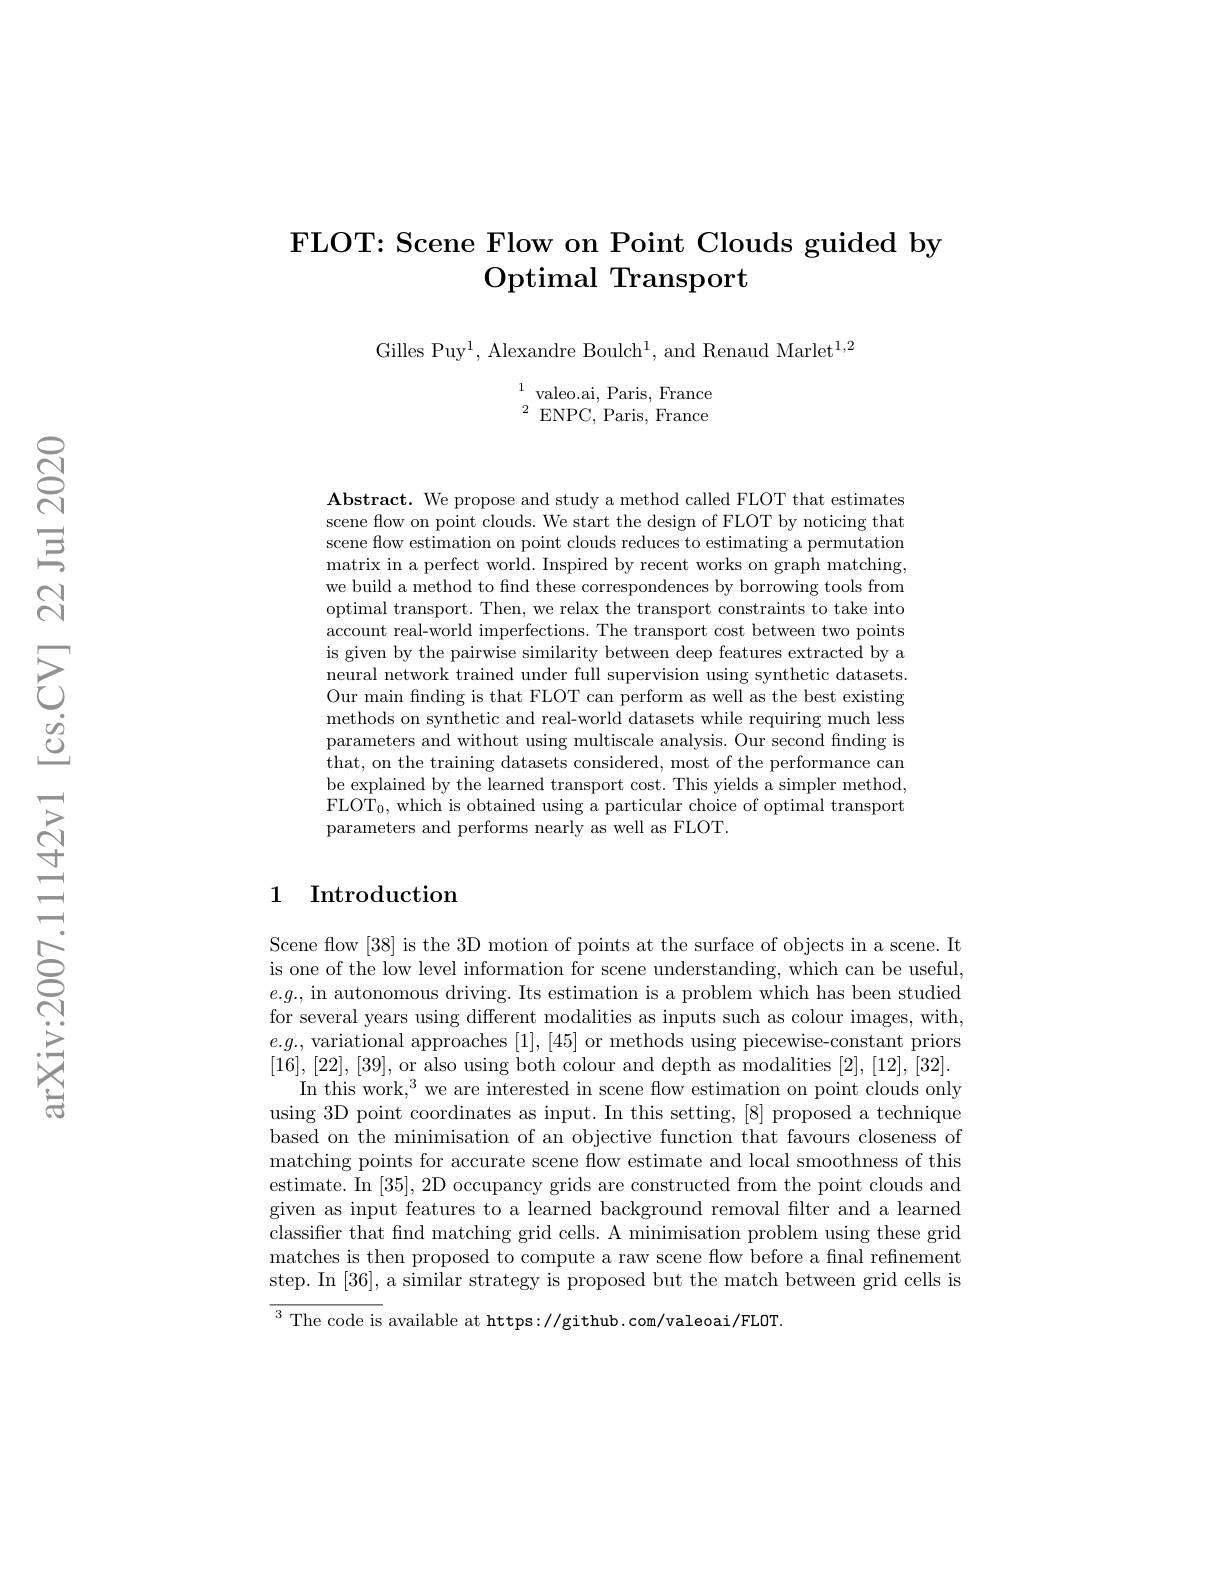
# FLOT: Scene Flow on Point Clouds guided by Optimal Transport

Gilles Puy$^1$, Alexandre Boulch$^1$, and Renaud Marlet$^1,2$

$^{1}$valeo.ai, Paris, France $^{2}{\mathrm{ENPC,~Paris,~France}}$

$\textbf{Abstract. We propose and study a method called FLOT that estimates}$ scene flow on point clouds. We start the design of FLOT by noticing that scene flow estimation on point clouds reduces to estimating a permutation matrix in a perfect world. Inspired by recent works on graph matching, we build a method to find these correspondences by borrowing tools from optimal transport. Then, we relax the transport constraints to take into account real-world imperfections. The transport cost between two points is given by the pairwise similarity between deep features extracted by a neural network trained under full supervision using synthetic datasets. Our main fnding is that FLOT can perform as well as the best existing methods on synthetic and real-world datasets while requiring much less parameters and without using multiscale analysis. Our second fnding is that, on the training datasets considered, most of the performance can be explained by the learned transport cost. This yields a simpler method, $\mathrm{FLOT}_{0}$, which is obtained using a particular choice of optimal transport parameters and performs nearly as well as FLOT.

## 1 Introduction

Scene flow [38] is the 3D motion of points at the surface of objects in a scene. It is one of the low level information for scene understanding, which can be useful, $e.g.$, in autonomous driving. Its estimation is a problem which has been studied for several years using different modalities as inputs such as colour images, with, $e.g.$, variational approaches [1],[45] or methods using piecewise-constant priors [16],[22],[39], or also using both colour and depth as modalities [2],[12],[32].
In this work,$^3$ we are interested in scene flow estimation on point clouds only using 3D point coordinates as input. In this setting, [8] proposed a technique based on the minimisation of an objective function that favours closeness of matching points for accurate scene flow estimate and local smoothness of this estimate. In [35], 2D occupancy grids are constructed from the point clouds and given as input features to a learned background removal filter and a learned classifier that fnd matching grid cells. A minimisation problem using these grid matches is then proposed to compute a raw scene flow before a final refinement step. In [36], a similar strategy is proposed but the match between grid cells is

${\overline{{^3}\text{The code is}}}$ available at https://github.com/valeoai/FLOT.